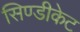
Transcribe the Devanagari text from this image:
सिण्डीकेट